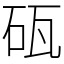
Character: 砙